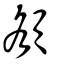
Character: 頟